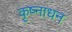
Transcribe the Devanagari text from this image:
कृष्नाधन